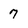
Character: 7